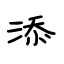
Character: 添